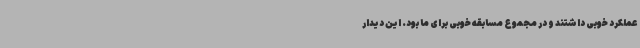
عملکرد خوبی داشتند و در مجموع مسابقه‌ خوبی برای ما بود. این دیدار